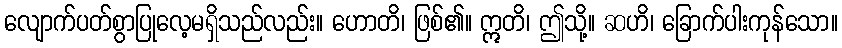
လျောက်ပတ်စွာပြုလေ့မရှိသည်လည်း။ ဟောတိ၊ ဖြစ်၏။ ဣတိ၊ ဤသို့။ ဆဟိ၊ ခြောက်ပါးကုန်သော။